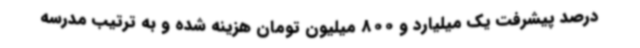
درصد پیشرفت یک میلیارد و 800 میلیون تومان هزینه شده و به ترتیب مدرسه